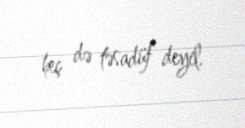
heç də təsadüf deyil.